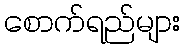
စောက်ရည်များ